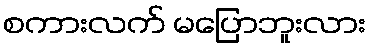
စကားလက် မပြောဘူးလား